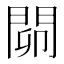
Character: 𨴅